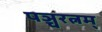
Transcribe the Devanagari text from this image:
पञ्चरत्नम्